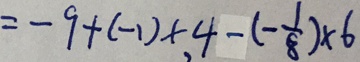
= - 9 + ( - 1 ) \times , 4 - ( - \frac { 1 } { 8 } ) \times 6